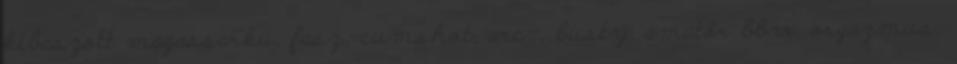
kibaszott magassarkú, fasz, cumshot, arc-, busty, amatőr bbw, orgazmus,